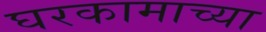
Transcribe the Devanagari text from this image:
घरकामाच्या